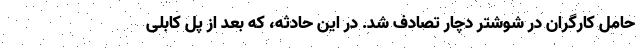
حامل کارگران در شوشتر دچار تصادف شد. در این حادثه، که بعد از پل کابلی